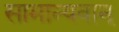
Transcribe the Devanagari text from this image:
सामान्यवान्